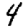
Digit: 4